Report on the lunatic asylums under the Government of Bombay - 1904-1913
Year: 1904
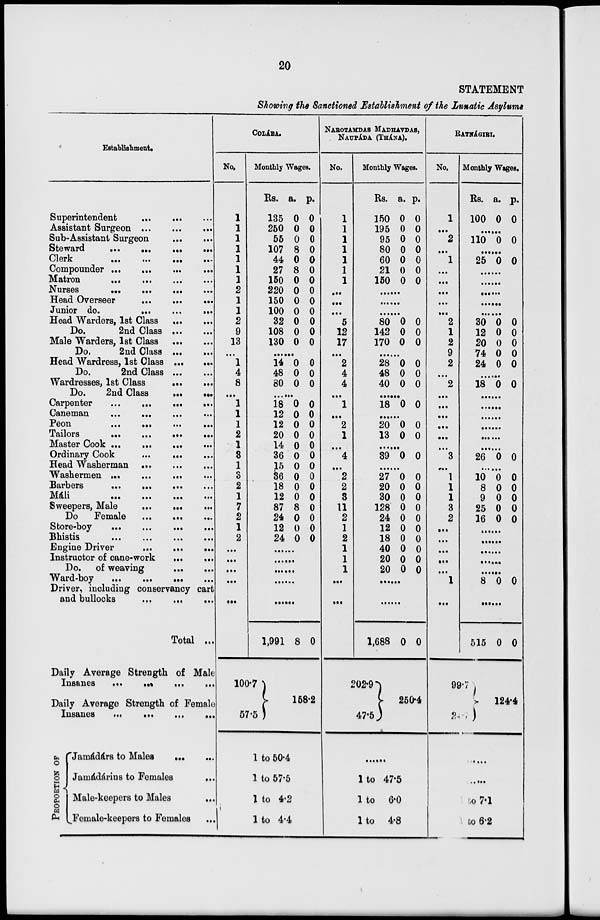
20
STATEMENT
Showing the Sanctioned Establishment of the Lunatic Asylums
Establishment.
Superintendent
...
...
...
Assistant Surgeon
...
...
...
Sub-Assistant Surgeon
...
...
Steward
...
...
...
...
Clerk
...
...
...
...
Compounder ... ... ... ...
Matron ... ... ... ...
Nurses ... ... ... ...
Head Overseer
...
...
...
Junior do.
...
...
...
Head Warders, 1st Class
...
...
Do.
2nd Class
...
...
Male Warders, 1st Class
...
...
Do.
2nd Class
...
...
Head Wardress, 1st Class
...
...
Do.
2nd Class ... ...
Wardresses, 1st Class
...
...
Do.
2nd Class
...
...
Carpenter
...
...
...
...
Caneman
...
...
...
...
Peon
...
...
...
...
Tailors
...
...
...
...
Master Cook
...
...
...
...
Ordinary Cook
...
...
...
Head Washerman ... ... ...
Washermen
...
...
...
...
Barbers ... ... ... ...
Máli
...
...
...
...
Sweepers, Male
...
...
...
Do Female
...
...
...
Store-boy
...
...
...
...
Bhistis
...
...
...
...
Engine Driver
...
...
...
Instructor of cane-work ... ...
Do. of weaving
...
...
Ward-boy
...
...
...
...
Driver, including conservancy cart
and bullocks
...
...
...
Total ...
Daily Average Strength of Male
Insanes ... ... ... ...
Daily Average Strength of Female
Insanes
...
...
...
...
PROPORTION OF
Jamádárs to Males ... ...
Jamádárins to Females
...
Male-keepers to Males
...
Female-keepers to Females ...
COLÁBA.
No.
1
1
1
1
1
1
1
2
1
1
2
9
13
...
1
4
8
...
1
1
1
2
1
3
1
3
2
1
7
2
1
2
...
...
...
...
...
Monthly Wages.
Rs.
135
250
55
107
44
27
150
220
150
100
32
108
130
a.
0
0
0
8
0
8
0
0
0
0
0
0
0
p.
0
0
0
0
0
0
0
0
0
0
0
0
0
......
14
48
80
0
0
0
0
0
0
......
18
12
12
20
14
36
15
36
18
12
87
24
12
24
0
0
0
0
0
0
0
0
0
0
8
0
0
0
0
0
0
0
0
0
0
0
0
0
0
0
0
0
......
......
......
......
......
1,991
100.7
57.5
8 0
158.2
1 to 50.4
1 to 57.5
1 to 4.2
1 to 4.4
NAROTAMDAS MADHANDAS,
NAUPÁDA (THÁNA).
No.
1
1
1
1
1
1
1
...
...
...
5
12
17
...
2
4
4
...
1
...
2
1
...
4
...
2
2
3
11
2
1
2
1
1
1
...
...
Monthly Wages.
Rs.
150
195
95
80
60
21
150
a.
0
0
0
0
0
0
0
p.
0
0
0
0
0
0
0
......
......
......
80
142
170
0
0
0
0
0
0
......
28
48
40
0
0
0
0
0
0
......
18 0 0
......
20
13
0
0
0
0
......
39 0 0
......
27
20
30
128
24
12
18
40
20
20
0
0
0
0
0
0
0
0
0
0
0
0
0
0
0
0
0
0
0
0
......
......
1,688
202.9
47.5
0 0
250.4
......
1 to 47.5
1 to 6.0
1 to 4.8
RATNÁGIRI.
No.
1
...
2
...
1
...
...
...
...
...
2
1
2
9
2
...
2
...
...
...
...
...
...
3
...
1
1
1
3
2
...
...
...
...
...
1
...
Monthly Wages.
Rs.
100
a.
0
p.
0
......
110 0 0
......
25 0 0
......
......
......
......
......
30
12
20
74
24
0
0
0
0
0
0
0
0
0
0
......
18 0 0
......
......
......
......
......
......
26 0 0
......
10
8
9
25
16
0
0
0
0
0
0
0
0
0
0
......
......
......
......
......
8 0 0
......
515
99.7
24.9
0 0
124.4
......
......
1 to 7.1
1 to 6.2